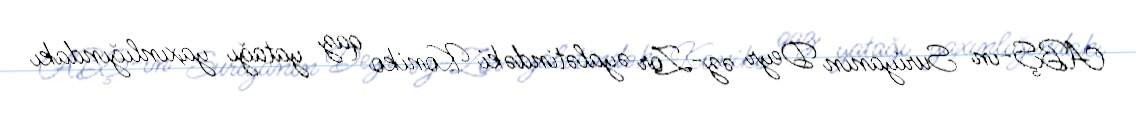
ABŞ-ın Suriyanın Deyr əz-Zor əyalətindəki Koniko qaz yatağı yaxınlığındakı